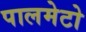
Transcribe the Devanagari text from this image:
पालमेटो